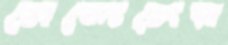
মেন্দেসের